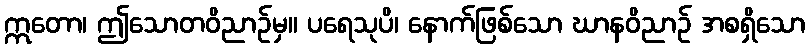
ဣတော၊ ဤသောတဝိညာဉ်မှ။ ပရေသုပိ၊ နောက်ဖြစ်သော ဃာနဝိညာဉ် အစရှိသော